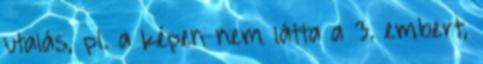
utalás, pl. a képen nem látta a 3. embert,